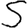
Digit: 5